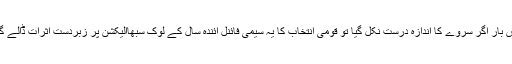
اس بار اگر سروے کا اندازہ درست نکل گیا تو قومی انتخاب کا یہ سیمی فائنل آئندہ سال کے لوک سبھاالیکشن پر زبردست اثرات ڈالے گا۔